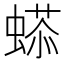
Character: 𧏥